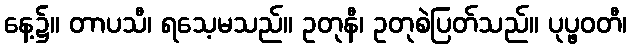
နေ့၌။ တာပသီ၊ ရသေ့မသည်။ ဥတုနီ၊ ဥတုစဲပြတ်သည်။ ပုပ္ဖဝတီ၊